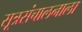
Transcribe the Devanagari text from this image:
सूत्रसंचालनाला